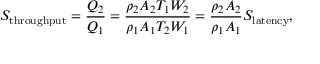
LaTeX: S _ { \mathrm { t h r o u g h p u t } } = { \frac { Q _ { 2 } } { Q _ { 1 } } } = { \frac { \rho _ { 2 } A _ { 2 } T _ { 1 } W _ { 2 } } { \rho _ { 1 } A _ { 1 } T _ { 2 } W _ { 1 } } } = { \frac { \rho _ { 2 } A _ { 2 } } { \rho _ { 1 } A _ { 1 } } } S _ { \mathrm { l a t e n c y } } ,